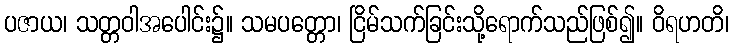
ပဇာယ၊ သတ္တဝါအပေါင်း၌။ သမပတ္တော၊ ငြိမ်သက်ခြင်းသို့ရောက်သည်ဖြစ်၍။ ဝိရဟတိ၊